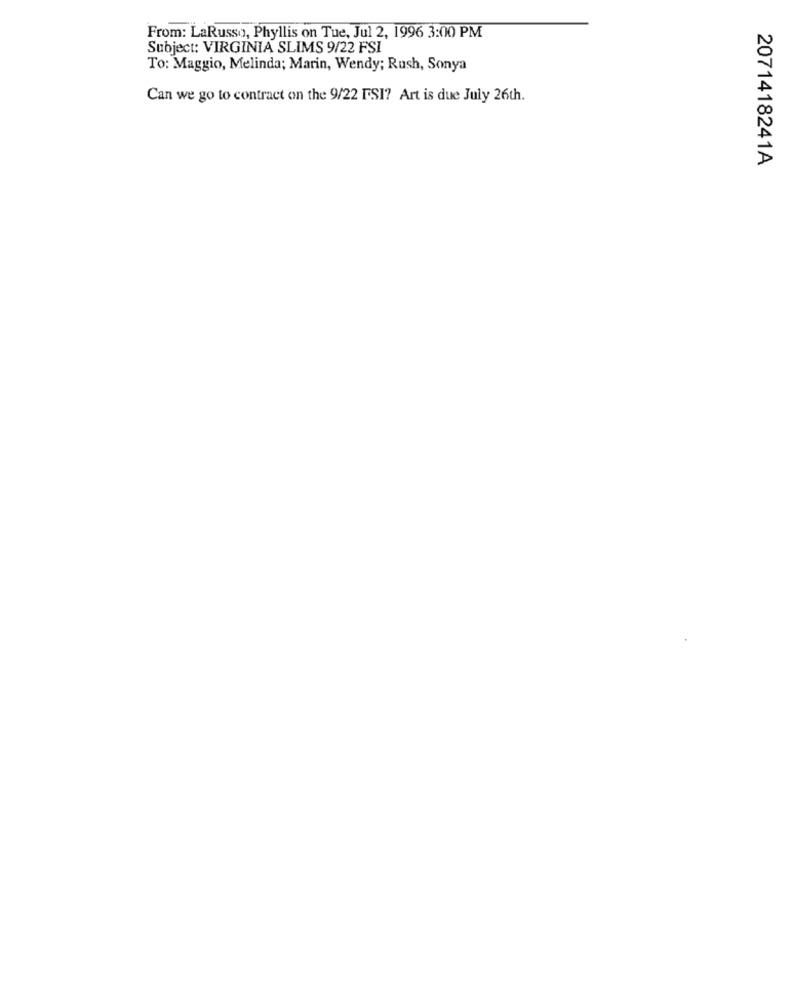
From: LaRusso, Phyllis on Tue, Jul 2, 1996 3:00 PM
Subject: VIRGINIA SLIMS 9/22 FSI
To: Maggio, Melinda; Marin, Wendy; Rush, Sonya
Can we go to contract on the 9/22 FSI? Art is due July 26th.
2071418241A